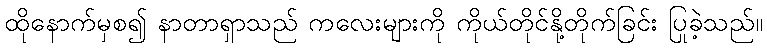
ထိုနောက်မှစ၍ နာတာရှာသည် ကလေးများကို ကိုယ်တိုင်နို့တိုက်ခြင်း ပြုခဲ့သည်။